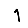
Digit: 1